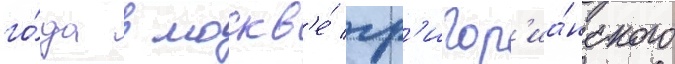
го́да в москв'е́ гр'игор'иа́нского